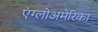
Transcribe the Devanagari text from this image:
एंग्लोअमेरिका